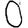
Digit: 0